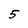
Character: 5